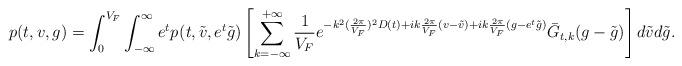
LaTeX: \begin{align*} p(t,v,g)=\int_0^{V_F}\int_{-\infty}^{\infty}e^tp_{}(t,\tilde{v},e^t\tilde{g})\left[\sum_{k=-\infty}^{+\infty}\frac{1}{V_F}e^{-k^2(\frac{2\pi}{V_F})^2D(t)+ik\frac{2\pi}{V_F}(v-\tilde{v})+ik\frac{2\pi}{V_F}(g-e^t\tilde{g})}\bar{G}_{t,k}(g-\tilde{g})\right]d\tilde{v}d\tilde{g}.\end{align*}